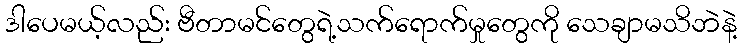
ဒါပေမယ့်လည်း ဗီတာမင်တွေရဲ့သက်ရောက်မှုတွေကို သေချာမသိဘဲနဲ့